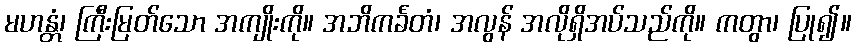
မဟန္တံ၊ ကြီးမြတ်သော အကျိုးကို။ အဘိကင်္ခတံ၊ အလွန် အလိုရှိအပ်သည်ကို။ ကတွာ၊ ပြု၍။